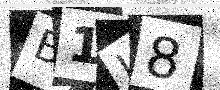
Text: B1J8